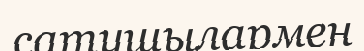
сатушылармен